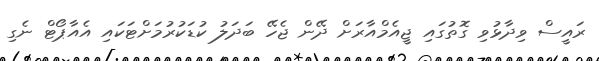
ރައީސް ވިދާޅުވި ގޮތުގައި ޖީއެމްއާރަށް ދޭން ޖެހޭ ބަދަލު ކުޑަކުރުމަށްޓަކައި އެއާޕޯޓް ނެގި